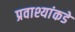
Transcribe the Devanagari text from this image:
प्रवाश्यांकडे